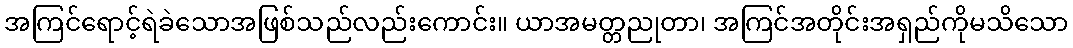
အကြင်ရောင့်ရဲခဲသောအဖြစ်သည်လည်းကောင်း။ ယာအမတ္တညုတာ၊ အကြင်အတိုင်းအရှည်ကိုမသိသော